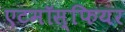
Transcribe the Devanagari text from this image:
एटमॉस्फियर